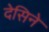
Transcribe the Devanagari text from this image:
देसिने